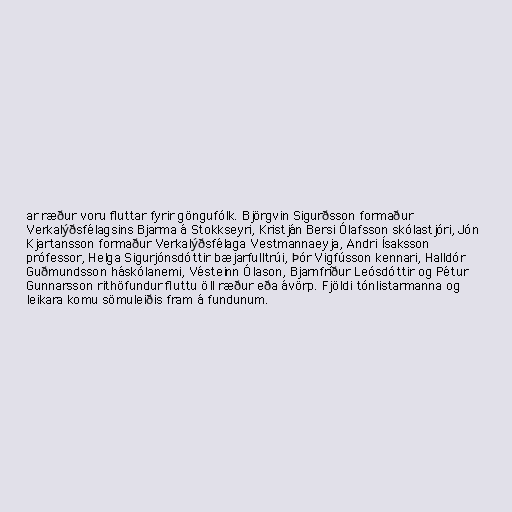
ar ræður voru fluttar fyrir göngufólk. Björgvin Sigurðsson formaður
Verkalýðsfélagsins Bjarma á Stokkseyri, Kristján Bersi Ólafsson skólastjóri, Jón
Kjartansson formaður Verkalýðsfélaga Vestmannaeyja, Andri Ísaksson
prófessor, Helga Sigurjónsdóttir bæjarfulltrúi, Þór Vigfússon kennari, Halldór
Guðmundsson háskólanemi, Vésteinn Ólason, Bjarnfríður Leósdóttir og Pétur
Gunnarsson rithöfundur fluttu öll ræður eða ávörp. Fjöldi tónlistarmanna og
leikara komu sömuleiðis fram á fundunum.